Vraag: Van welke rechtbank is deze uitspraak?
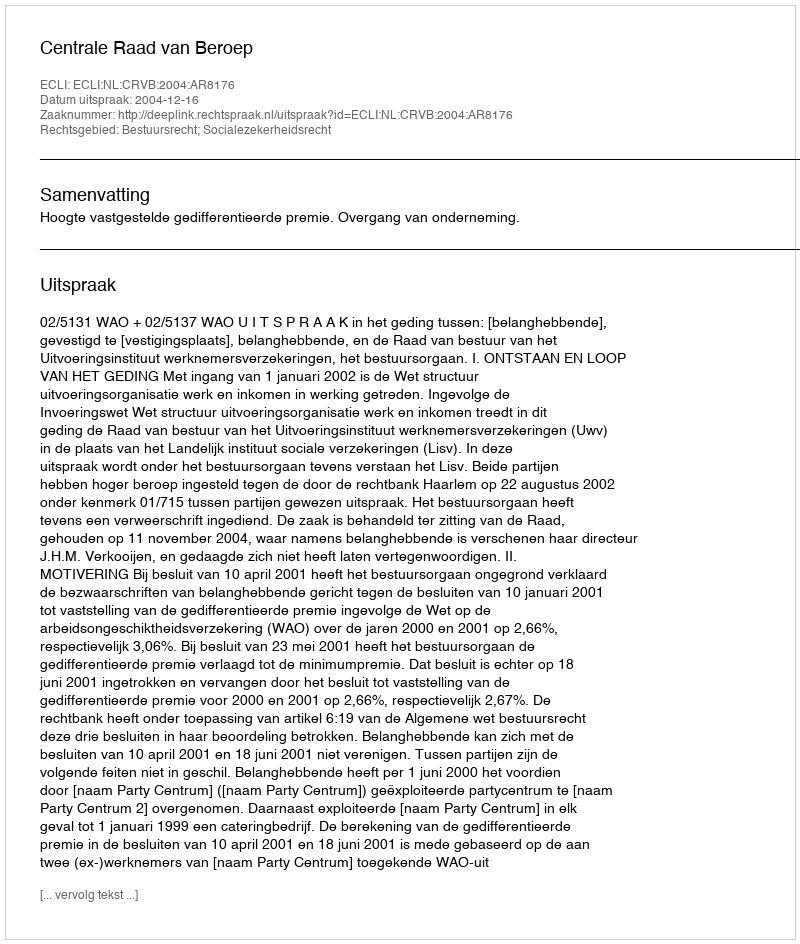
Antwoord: Centrale Raad van Beroep